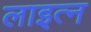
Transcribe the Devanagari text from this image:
लाइत्न